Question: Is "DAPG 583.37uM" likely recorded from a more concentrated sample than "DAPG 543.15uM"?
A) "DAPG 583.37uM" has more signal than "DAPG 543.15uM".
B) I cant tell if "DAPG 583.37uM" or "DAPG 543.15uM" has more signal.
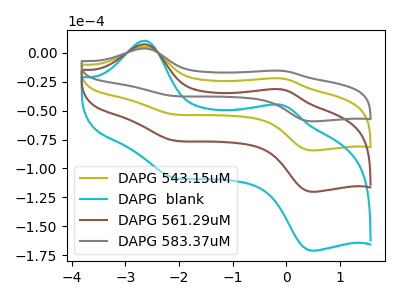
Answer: <think>The olive curve "DAPG 543.15uM" has anodic peaks at (-2.65V, 5.10uA) (-0.15V, -22.15uA) and cathodic peaks at (-2.20V, -52.65uA) (0.55V, -84.30uA). The cyan curve "DAPG  blank" has anodic peaks at (-2.65V, 15.25uA) (-0.15V, -66.40uA) and cathodic peaks at (-2.20V, -157.95uA) (0.55V, -252.90uA). The brown curve "DAPG 561.29uM" has anodic peaks at (-2.65V, 10.20uA) (-0.15V, -44.25uA) and cathodic peaks at (-2.20V, -105.30uA) (0.55V, -168.60uA). The gray curve "DAPG 583.37uM" has anodic peaks at (-2.65V, 3.60uA) (-0.15V, -15.55uA) and cathodic peaks at (-2.20V, -37.00uA) (0.55V, -59.25uA).
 All the peaks in "DAPG 583.37uM" have a peak in "DAPG 543.15uM" at the same potential.</think>
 <answer>B) I cant tell if "DAPG 583.37uM" or "DAPG 543.15uM" has more signal.</answer>
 <eval>B</eval>